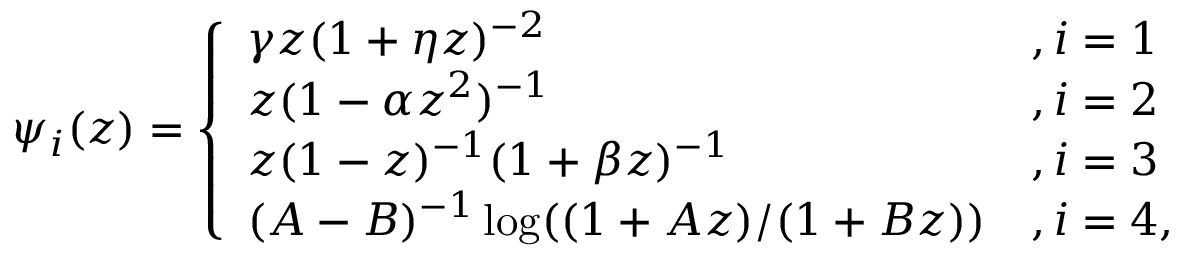
\begin{array} { r } { \psi _ { i } ( z ) = \left\{ \begin{array} { l l } { \gamma z ( 1 + \eta z ) ^ { - 2 } } & { , i = 1 } \\ { z ( 1 - \alpha z ^ { 2 } ) ^ { - 1 } } & { , i = 2 } \\ { z ( 1 - z ) ^ { - 1 } ( 1 + \beta z ) ^ { - 1 } } & { , i = 3 } \\ { ( A - B ) ^ { - 1 } \log ( ( 1 + A z ) / ( 1 + B z ) ) } & { , i = 4 , } \end{array} \right. } \end{array}